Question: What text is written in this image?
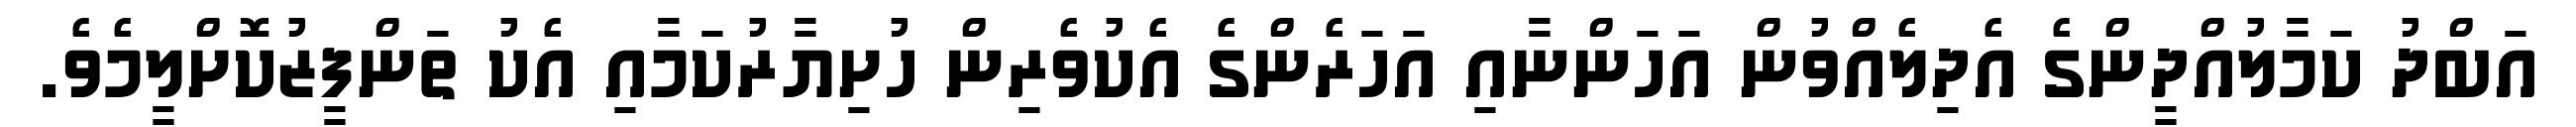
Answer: އަބްދު ކަމާލުއްދީންގެ އެދިލެއްވުން އަހަންނާއި އަހަރެންގެ އެކުވެރިން ހުށިޔާރުކަމާއި އެކު ތަންފީޒުކޮށްލީމެވެ.